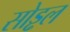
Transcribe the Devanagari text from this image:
सोड्ढल